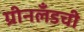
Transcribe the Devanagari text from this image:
ग्रीनलँडची